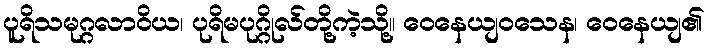
ပူရိသမုဂ္ဂလာဝိယ၊ ပုရိမပုဂ္ဂိုလ်တို့ကဲ့သို့။ ဝေနေယျဝသေန၊ ဝေနေယျ၏